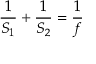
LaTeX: { \frac { 1 } { S _ { 1 } } } + { \frac { 1 } { S _ { 2 } } } = { \frac { 1 } { f } }